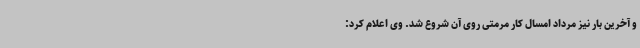
و آخرین بار نیز مرداد امسال کار مرمتی روی آن شروع شد. وی اعلام کرد: